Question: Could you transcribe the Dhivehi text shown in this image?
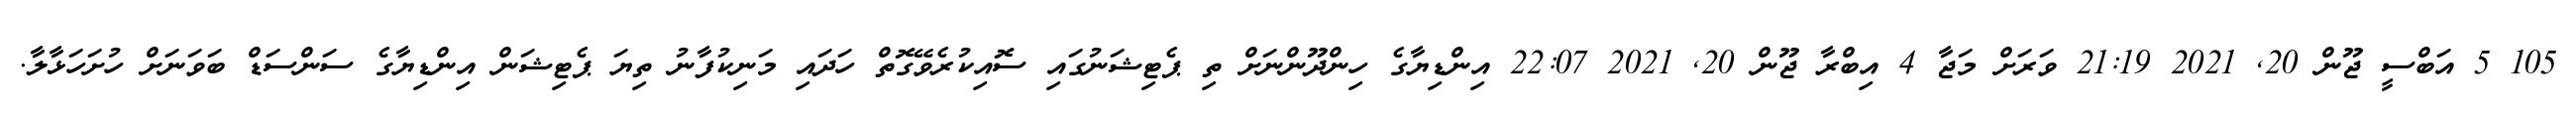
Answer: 105 5 އަބްސީ ޖޫން 20, 2021 21:19 ވަރަށް މަޖާ 4 އިބްރާ ޖޫން 20, 2021 22:07 އިންޑިޔާގެ ހިންދޫންނަށް ތި ޕެޓިޝަނުގައި ސޮއިކުރެވޭގޮތް ހަދައި މަނިކުފާނު ތިޔަ ޕެޓިޝަން އިންޑިޔާގެ ސަންސަޑް ބަވަނަށް ހުށަހަޅާލާ.